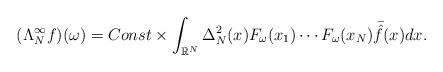
LaTeX: \begin{align*}(\Lambda_N^{\infty}f)(\omega)=Const \times \int_{\mathbb{R}^N}^{}\Delta^2_N(x)F_{\omega}(x_1)\cdots F_{\omega}(x_N)\bar{\hat{f}}(x)dx.\end{align*}